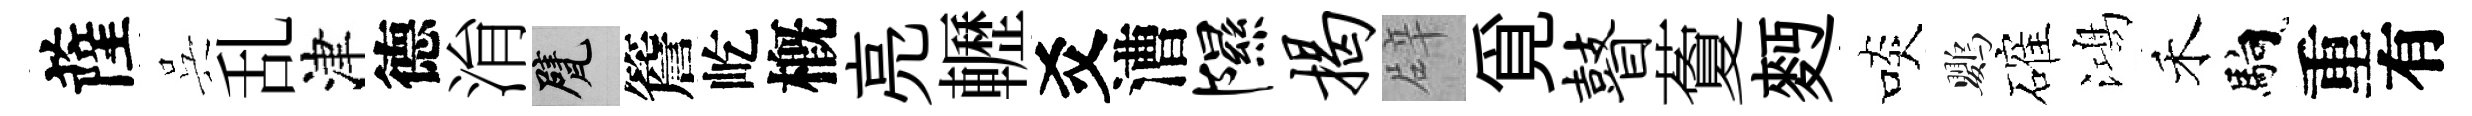
薩呉乱津德㳙甓簷屹槪亮轣爻漕隰揭辟覓瞽藑麪啖鸚確鴻禾馿重有